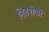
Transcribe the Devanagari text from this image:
निवशेकों